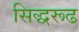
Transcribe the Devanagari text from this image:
सिद्धरूढ